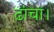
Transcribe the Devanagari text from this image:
ढांचा।